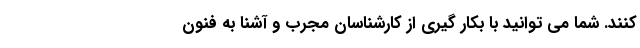
کنند. شما می توانید با بکار گیری از کارشناسان مجرب و آشنا به فنون